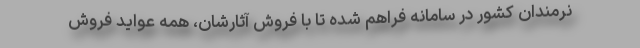
نرمندان کشور در سامانه فراهم شده تا با فروش آثارشان، همه عواید فروش